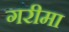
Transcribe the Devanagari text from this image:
गरीमा